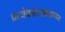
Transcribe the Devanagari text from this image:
प्रत्येकालाआवडणारा